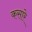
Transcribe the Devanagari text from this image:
कसारे